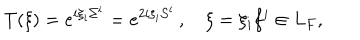
LaTeX: T ( \xi ) = e ^ { i \xi _ { i } \Sigma ^ { i } } = e ^ { 2 i \xi _ { i } { \cal S } ^ { i } } \, , \quad \xi = \xi _ { i } f ^ { i } \in L _ { F } ,